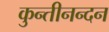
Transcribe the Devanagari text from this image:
कुन्तीनन्दन